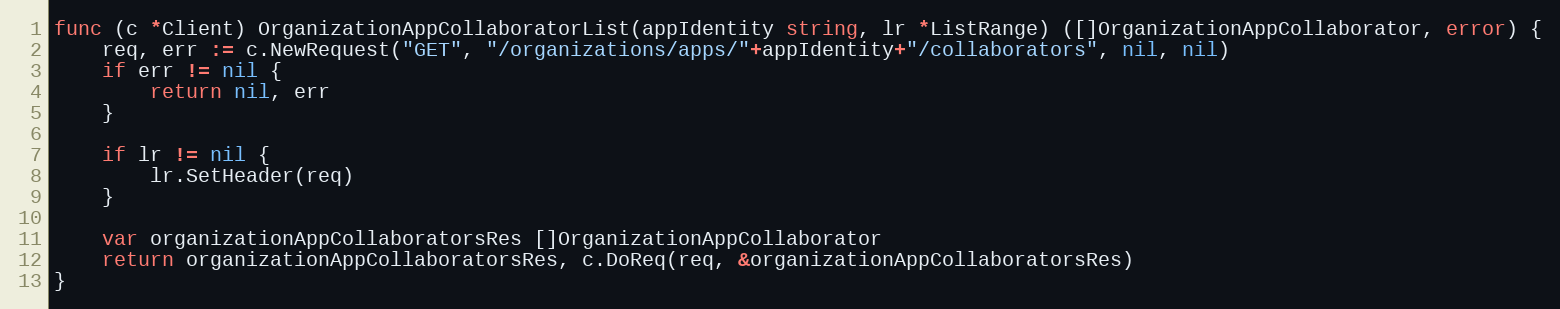
Language: Go
func (c *Client) OrganizationAppCollaboratorList(appIdentity string, lr *ListRange) ([]OrganizationAppCollaborator, error) {
	req, err := c.NewRequest("GET", "/organizations/apps/"+appIdentity+"/collaborators", nil, nil)
	if err != nil {
		return nil, err
	}

	if lr != nil {
		lr.SetHeader(req)
	}

	var organizationAppCollaboratorsRes []OrganizationAppCollaborator
	return organizationAppCollaboratorsRes, c.DoReq(req, &organizationAppCollaboratorsRes)
}